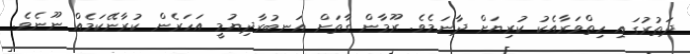
ދަތުރުގައި ހިތްވަރާއެކު ކުރިޔަށް ދާނަމެވެ. ރޫމާން ގާތަށް އަނބުރާދިޔުމީ އަހަރެން ކުރާނޭކަމެއް ނޫނެވެ.